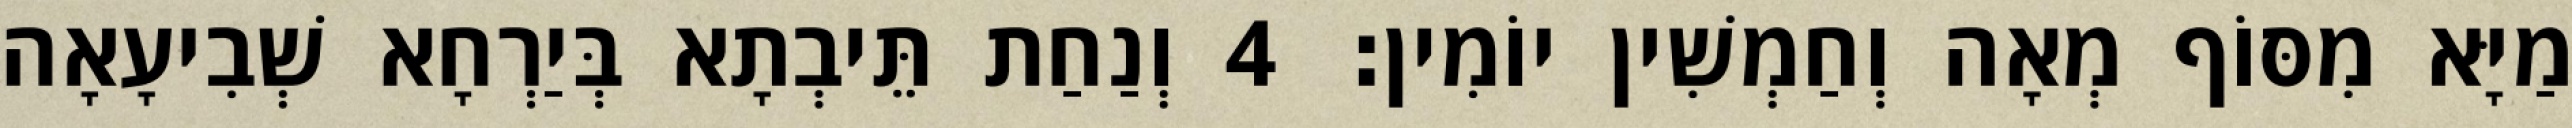
מַיָּא מִסּוֹף מְאָה וְחַמְשִׁין יוֹמִין׃ 4 וְנַחַת תֵּיבְתָא בְּיַרְחָא שְׁבִיעָאָה